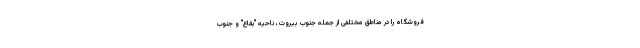
فروشگاه را در مناطق مختلفی از جمله جنوب بیروت، ناحیه "بقاع" و جنوب